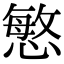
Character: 慜